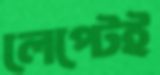
লেপ্টেই